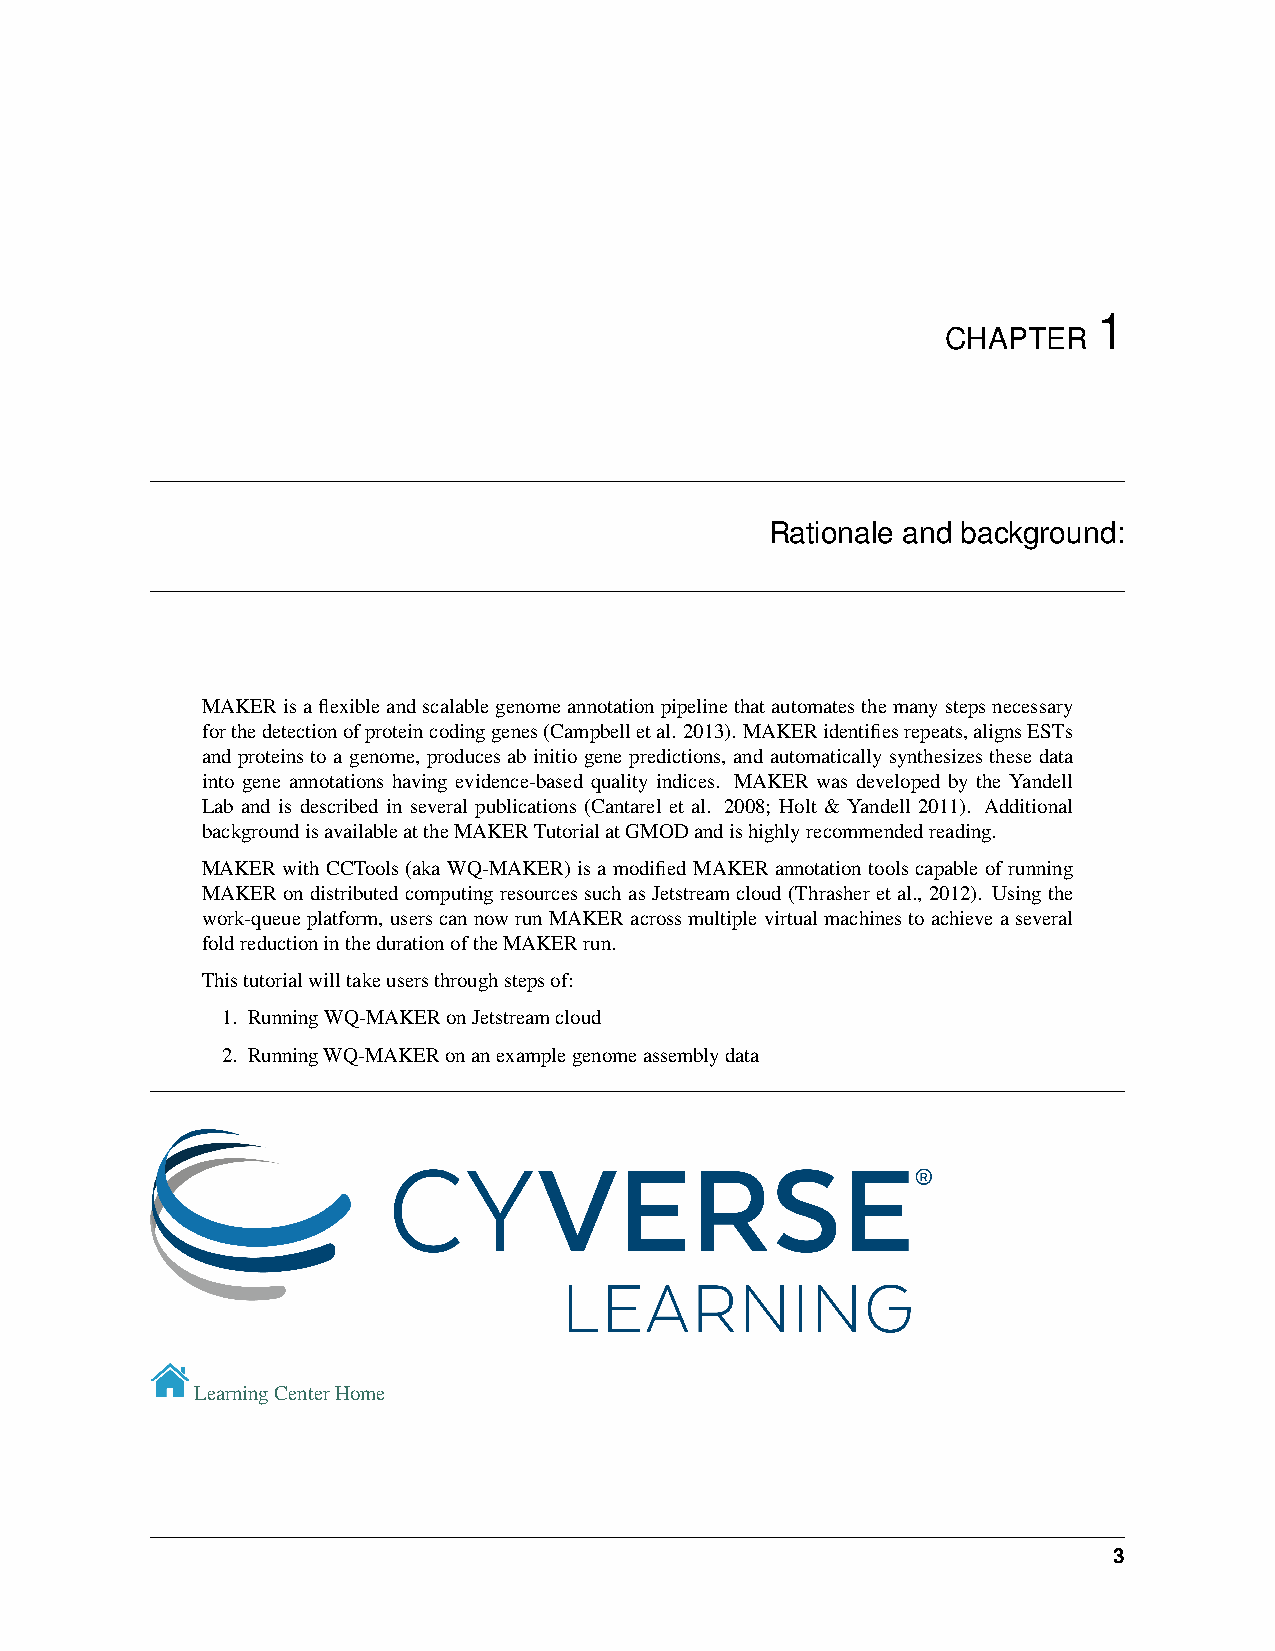
1
 CHAPTER
 Rationale and background:
 MAKERisaflexibleandscalablegenomeannotationpipelinethatautomatesthemanystepsnecessary
 forthedetectionofproteincodinggenes(Campbelletal. 2013). MAKERidentifiesrepeats,alignsESTs
 and proteins to a genome, produces ab initio gene predictions, and automatically synthesizes these data
 into gene annotations having evidence-based quality indices. MAKER was developed by the Yandell
 Lab and is described in several publications (Cantarel et al. 2008; Holt & Yandell 2011). Additional
 backgroundisavailableattheMAKERTutorialatGMODandishighlyrecommendedreading.
 MAKER with CCTools (aka WQ-MAKER) is a modified MAKER annotation tools capable of running
 MAKERondistributedcomputingresourcessuchasJetstreamcloud(Thrasheretal., 2012). Usingthe
 work-queueplatform, userscannowrunMAKERacrossmultiplevirtualmachinestoachieveaseveral
 foldreductioninthedurationoftheMAKERrun.
 Thistutorialwilltakeusersthroughstepsof:
 1. RunningWQ-MAKERonJetstreamcloud
 2. RunningWQ-MAKERonanexamplegenomeassemblydata
 LearningCenterHome
 3